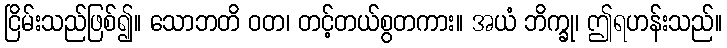
ငြိမ်းသည်ဖြစ်၍။ သောဘတိ ဝတ၊ တင့်တယ်စွတကား။ အယံ ဘိက္ခု၊ ဤရဟန်းသည်။